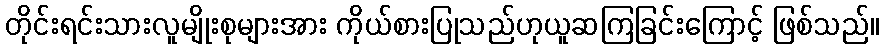
တိုင်းရင်းသားလူမျိုးစုများအား ကိုယ်စားပြုသည်ဟုယူဆကြခြင်းကြောင့် ဖြစ်သည်။